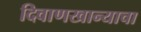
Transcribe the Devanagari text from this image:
दिवाणखान्याचा